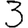
Digit: 3